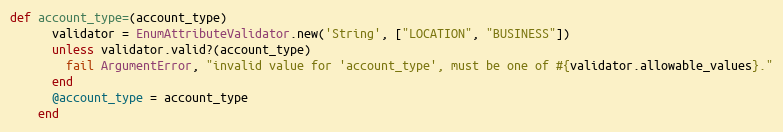
Language: Ruby
def account_type=(account_type)
      validator = EnumAttributeValidator.new('String', ["LOCATION", "BUSINESS"])
      unless validator.valid?(account_type)
        fail ArgumentError, "invalid value for 'account_type', must be one of #{validator.allowable_values}."
      end
      @account_type = account_type
    end